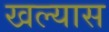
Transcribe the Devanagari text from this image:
खल्यास